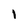
Character: I